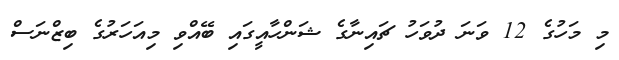
މި މަހުގެ 12 ވަނަ ދުވަހު ޗައިނާގެ ޝަންހާއީގައި ބޭއްވި މިއަހަރުގެ ބިޒްނަސް